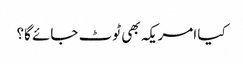
کیا امریکہ بھی ٹوٹ جائے گا؟